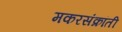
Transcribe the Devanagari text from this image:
मकरसंक्रांती